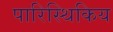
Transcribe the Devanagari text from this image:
पारिस्थिकिय